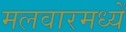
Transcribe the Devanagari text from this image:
मलवारमध्यें